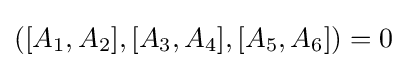
([A_{1},A_{2}],[A_{3},A_{4}],[A_{5},A_{6}])=0